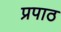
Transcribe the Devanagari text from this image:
प्रपाठ